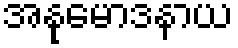
အနုမောဒနာယ